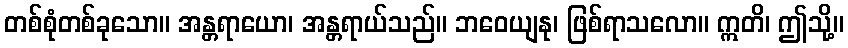
တစ်စုံတစ်ခုသော။ အန္တရာယော၊ အန္တရာယ်သည်။ ဘဝေယျနု၊ ဖြစ်ရာသလော။ ဣတိ၊ ဤသို့။